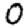
Digit: 0